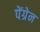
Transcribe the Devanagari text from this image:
पेंग्रेन